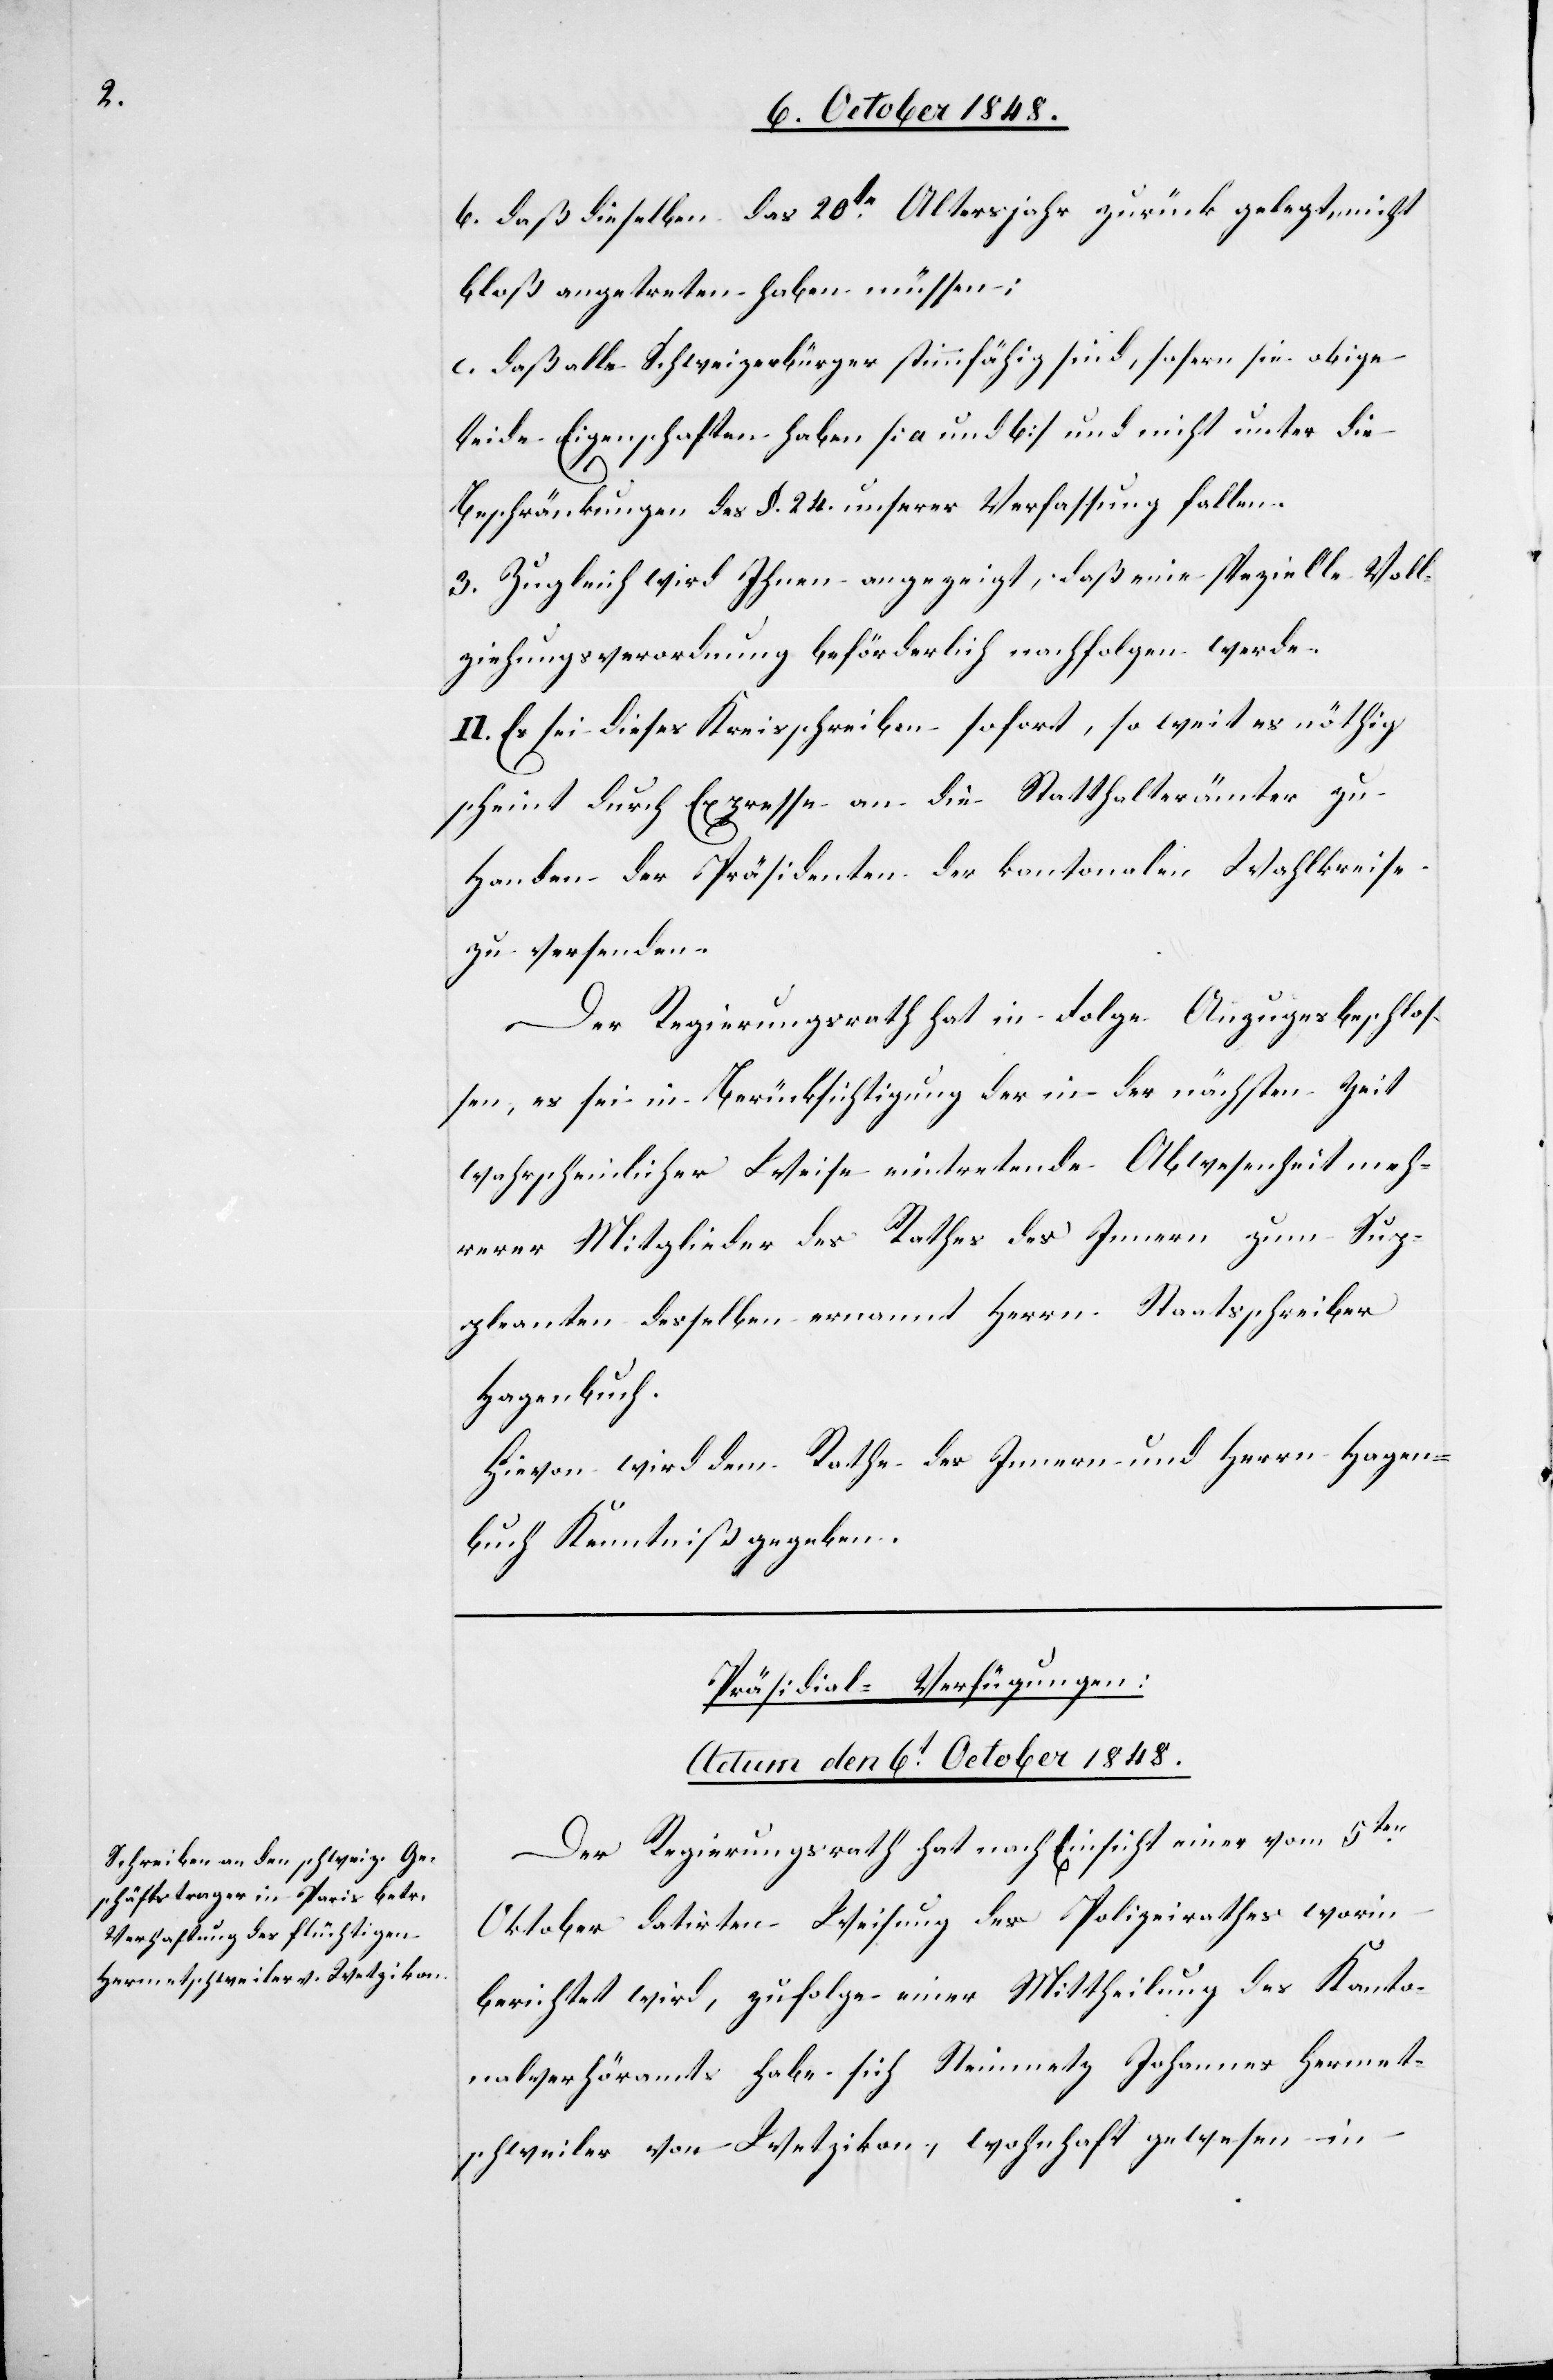
b. daß dieselben das 20te Altersjahr zurückgelegt, nicht
bloß angetreten haben müssen;
c. daß alle Schweizerbürger stimmfähig sind, sofern sie obige
beide Eigenschaften haben [a. und b] und nicht unter die
Beschränkungen des §. 24. unserer Verfassung fallen.
3. Zugleich wird Ihnen angezeigt, daß eine spezielle Voll¬
ziehungsverordnung beförderlich nachfolgen werde.
II. Es sei dieses Kreisschreiben sofort, so weit es nöthig
scheint durch Expresse an die Statthalterämter zu
Handen der Präsidenten der kantonalen Wahlkreise
zu versenden.
Der Regierungsrath hat in Folge Anzuges beschlos¬
sen, es sei in Berücksichtigung der in der nächsten Zeit
wahrscheinlicher Weise eintretenden Abwesenheit meh¬
rerer Mitglieder des Rathes des Innern zum Sup¬
pleanten desselben ernannt Herrn Staatsschreiber
Hagenbuch.
Hievon wird dem Rathe des Innern und Herrn Hagen¬
buch Kenntniß gegeben.
Präsidial-Verfügungen:
Actum den 6t October 1848.
Der Regierungsrath hat nach Einsicht einer vom 5ten
Oktober datirten Weisung des Polizeirathes worin
berichtet wird, zufolge einer Mittheilung des Kanto¬
nalverhöramts habe sich Steinmetz Johannes Hermet¬
schweiler von Wetzikon, wohnhaft gewesen in